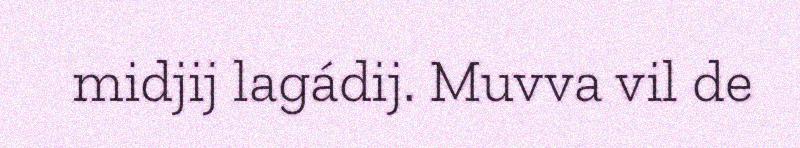
midjij lagádij. Muvva vil de